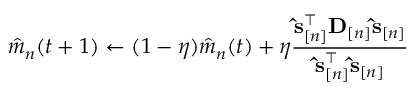
\hat { m } _ { n } ( t + 1 ) \gets ( 1 - \eta ) \hat { m } _ { n } ( t ) + \eta \frac { \ensuremath { \mathbf { \hat { s } } } _ { [ n ] } ^ { \top } { \bf D } _ { [ n ] } \ensuremath { \mathbf { \hat { s } } } _ { [ n ] } } { \ensuremath { \mathbf { \hat { s } } } _ { [ n ] } ^ { \top } \ensuremath { \mathbf { \hat { s } } } _ { [ n ] } }